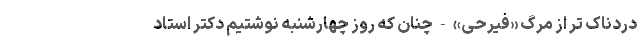
دردناک‌‌ تر از مرگ «فیرحی» - چنان که روز چهارشنبه نوشتیم دکتر استادِ